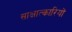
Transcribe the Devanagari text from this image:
साक्षात्कारियों